Lunatic asylums in Bengal annual reports 1888-1898 - 1888-1898
Year: 1888
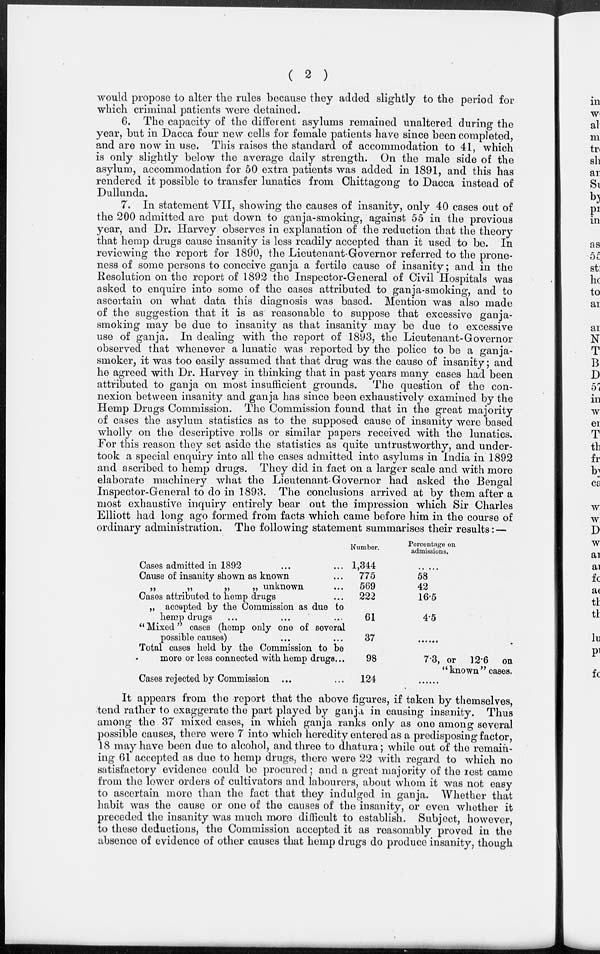
( 2 )
would propose to alter the rules because they added slightly to the period for
which criminal patients were detained.
6. The capacity of the different asylums remained unaltered during the
year, but in Dacca four new cells for female patients have since been completed,
and are now in use. This raises the standard of accommodation to 41, which
is only slightly below the average daily strength. On the male side of the
asylum, accommodation for 50 extra patients was added in 1891, and this has
rendered it possible to transfer lunatics from Chittagong to Dacca instead of
Dullunda.
7. In statement VII, showing the causes of insanity, only 40 cases out of
the 200 admitted are put down to ganja-smoking, against 55 in the previous
year, and Dr. Harvey observes in explanation of the reduction that the theory
that hemp drugs cause insanity is less readily accepted than it used to be. In
reviewing the report for 1890, the Lieutenant-Governor referred to the prone¬
ness of some persons to conceive ganja a fertile cause of insanity; and in the
Resolution on the report of 1892 the Inspector-General of Civil Hospitals was
asked to enquire into some of the cases attributed to ganja-smoking, and to
ascertain on what data this diagnosis was based. Mention was also made
of the suggestion that it is as reasonable to suppose that excessive ganja¬
smoking may be due to insanity as that insanity may be due to excessive
use of ganja. In dealing with the report of 1893, the Lieutenant-Governor
observed that whenever a lunatic was reported by the police to be a ganja¬
smoker, it was too easily assumed that that drug was the cause of insanity; and
he agreed with Dr. Harvey in thinking that in past years many cases had been
attributed to ganja on most insufficient grounds. The question of the con-
nexion between insanity and ganja has since been exhaustively examined by the
Hemp Drugs Commission. The Commission found that in the great majority
of cases the asylum statistics as to the supposed cause of insanity were based
wholly on the descriptive rolls or similar papers received with the lunatics.
For this reason they set aside the statistics as quite untrustworthy, and under-
took a special enquiry into all the cases admitted into asylums in India in 1892
and ascribed to hemp drugs. They did in fact on a larger scale and with more
elaborate machinery what the Lieutenant-Governor had asked the Bengal
Inspector-General to do in 1893. The conclusions arrived at by them after a
most exhaustive inquiry entirely bear out the impression which Sir Charles
Elliott had long ago formed from facts which came before him in the course of
ordinary administration. The following statement summarises their results: —
Cases admitted in 1892 ... ...
Cause of insanity shown as known ...
„
„
„
„ unknown ...
Cases attributed to hemp drugs ...
„ accepted by the Commission as due to
hemp drugs ... ... ...
"Mixed" cases (hemp only one of several
possible causes) ... ...
Total cases held by the Commission to be
more or less connected with hemp drugs...
Cases rejected by Commission ... ...
Number.
1,344
775
569
222
61
37
98
124
Percentage on
admissions.
58
42
16.5
4.5
......
7.3, or 12.6 on
"known" cases.
......
It appears from the report that the above figures, if taken by themselves,
tend rather to exaggerate the part played by ganja in causing insanity. Thus
among the 37 mixed cases, in which ganja ranks only as one among several
possible causes, there were 7 into which heredity entered as a predisposing factor,
18 may have been due to alcohol, and three to dhatura; while out of the remain-
ing 61 accepted as due to hemp drugs, there were 22 with regard to which no
satisfactory evidence could be procured; and a great majority of the rest came
from the lower orders of cultivators and labourers, about whom it was not easy
to ascertain more than the fact that they indulged in ganja. Whether that
habit was the cause or one of the causes of the insanity, or even whether it
preceded the insanity was much more difficult to establish. Subject, however,
to these deductions, the Commission accepted it as reasonably proved in the
absence of evidence of other causes that hemp drugs do produce insanity, though